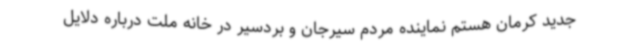
جدید کرمان هستم نماینده مردم سیرجان و بردسیر در خانه ملت درباره دلایل